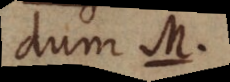
dum M.